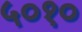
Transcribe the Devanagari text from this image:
५०१०